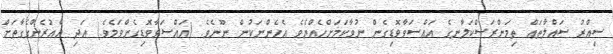
ސިއްރު ސައްލާތައް ތިމަންރަސްކަލާނގެ އައްސަވާވޮޑިގެން ނުވާކަމަށްހެއްޔެވެ އެހެންނަކުން ނޫނެވެ. (އައްސަވާވޮޑިގެންވަމެވެ.) އަދި އެއުރެންގެގާތަށް